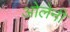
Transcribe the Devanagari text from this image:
ओलेनी